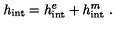
h _ { \mathrm { i n t } } = h _ { \mathrm { i n t } } ^ { e } + h _ { \mathrm { i n t } } ^ { m } \ .